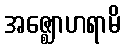
အဇ္ဈောဟရာမိ